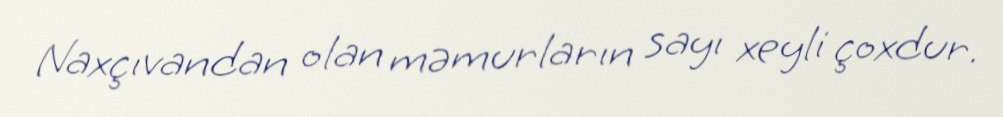
Naxçıvandan olan məmurların sayı xeyli çoxdur.